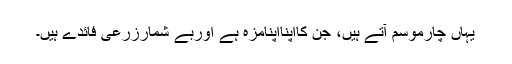
یہاں چارموسم آتے ہیں، جن کااپنااپنامزہ ہے اوربے شمارزرعی فائدے ہیں۔